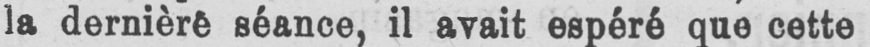
la dernière séance, il avait espéré que cette